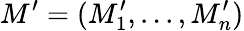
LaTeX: M^{\prime}=(M_{1}^{\prime},...,M_{n}^{\prime})